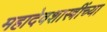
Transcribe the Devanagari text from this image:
महादेवशास्त्रींच्या